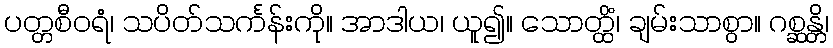
ပတ္တစီဝရံ၊ သပိတ်သင်္ကန်းကို။ အာဒါယ၊ ယူ၍။ သောတ္ထိံ၊ ချမ်းသာစွာ။ ဂစ္ဆန္တိ၊